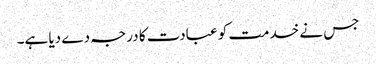
جس نے خدمت کو عبادت کا درجہ دے دیا ہے۔